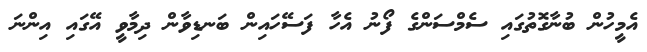
އެމީހުން ބުނާގޮތުގައި ސެމްސަންގެ ފޯނު އެހާ ފަސޭހައިން ބަނޑިވާން ދިމާވީ އޭގައި އިންނަ